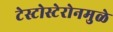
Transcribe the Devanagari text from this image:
टेस्टोस्टेरोनमुळे